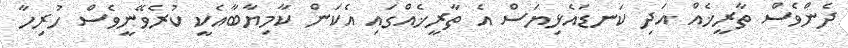
ދެންވެސް ތާރީޚެއް އަދި ކަނޑައެޅިޔަސް އެ ތާރީޚެއްގައި އެކަން ކާމިޔާބާއެކީ ކުރެވޭނީވެސް ހުރިހާ